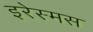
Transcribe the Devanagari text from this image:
इरेस्मस